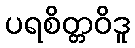
ပရစိတ္တဝိဒူ